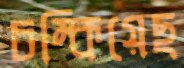
চম্‌কিয়েছ